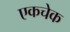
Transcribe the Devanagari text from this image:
एकचेक